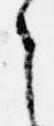
之